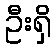
ဦးရှိ